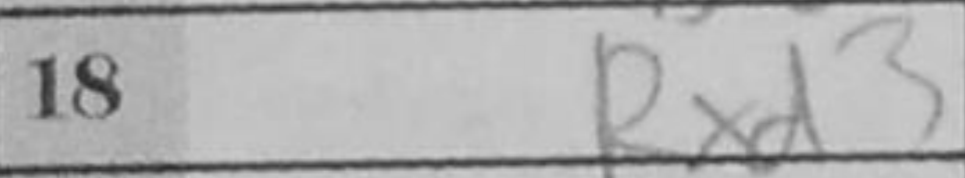
Transcription: Rxd3